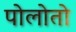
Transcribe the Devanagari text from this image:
पोलोतो